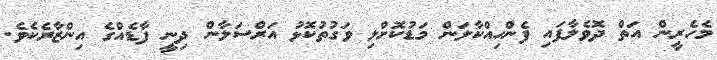
މެހެރީން އަތް ދޮވެލާފައި ފެންހިއްކާލަން މަޑުކޮށްލި ވަގުތުކޮޅު އަރްސަލާން ދިނީ ފާޑެއްގެ އިންޒާރެކެވެ.